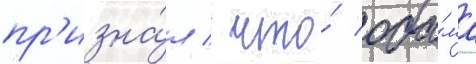
пр'изна́л / что́ оба́ма